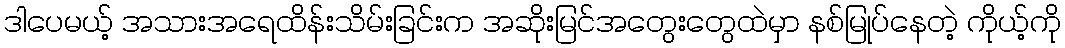
ဒါပေမယ့် အသားအရေထိန်းသိမ်းခြင်းက အဆိုးမြင်အတွေးတွေထဲမှာ နစ်မြုပ်နေတဲ့ ကိုယ့်ကို